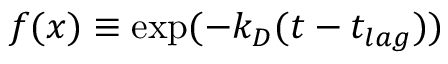
f ( x ) \equiv \exp ( - k _ { D } ( t - t _ { l a g } ) )